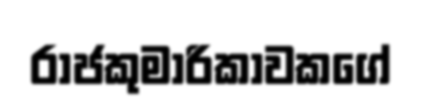
රාජකුමාරිකාවකගේ